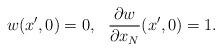
LaTeX: \begin{align*}w(x^{\prime},0)=0,\ \ \frac{\partial w}{\partial x_{N}}(x^{\prime},0)=1.\end{align*}